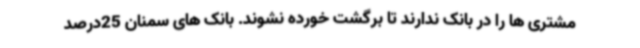
مشتری ها را در بانک ندارند تا برگشت خورده نشوند. بانک های سمنان 25درصد